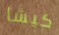
كيشا